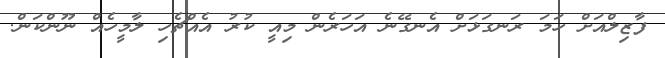
ފާޒިލްއަށް ހަމަ ރަނގަޅަށް އެނގޭނެ އަހަރެން މިއީ ކުރު އެއްޗެހި ލާމީހެއް ނޫންކަން.